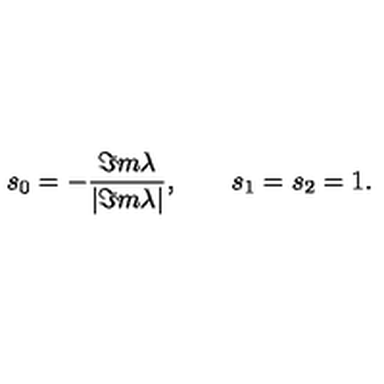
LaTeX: s _ { 0 } = - { \frac { \Im m \lambda } { | \Im m \lambda | } } , \qquad s _ { 1 } = s _ { 2 } = 1 .